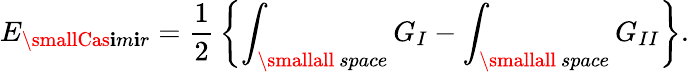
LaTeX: E_{\smallCas\mathbf{i}m\mathbf{i}r}={\frac{{1}}{{2}}}\left\{ \int_{\smallall~space}G_{I}-\int_{\smallall~space}G_{II}\right\} .